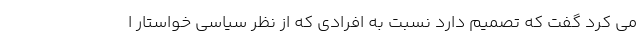
می کرد گفت که تصمیم دارد نسبت به افرادی که از نظر سیاسی خواستار ا